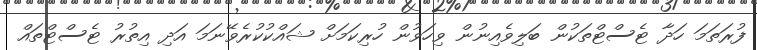
ފުރަތަމަ ހަދާ ޓެސްޓްތަކުން ބަލިވެއިނުން ވިހަވުން ހުރިކަމަށް ޝައްކުކުރެވޭނަމަ އަދި އިތުރު ޓެސްޓްތައް